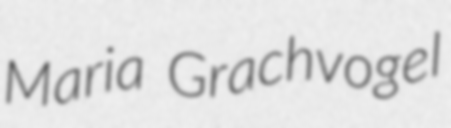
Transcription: Maria Grachvogel